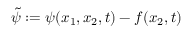
\tilde { \psi } : = \psi ( x _ { 1 } , x _ { 2 } , t ) - f ( x _ { 2 } , t )